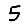
Digit: 5